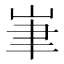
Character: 𡷏